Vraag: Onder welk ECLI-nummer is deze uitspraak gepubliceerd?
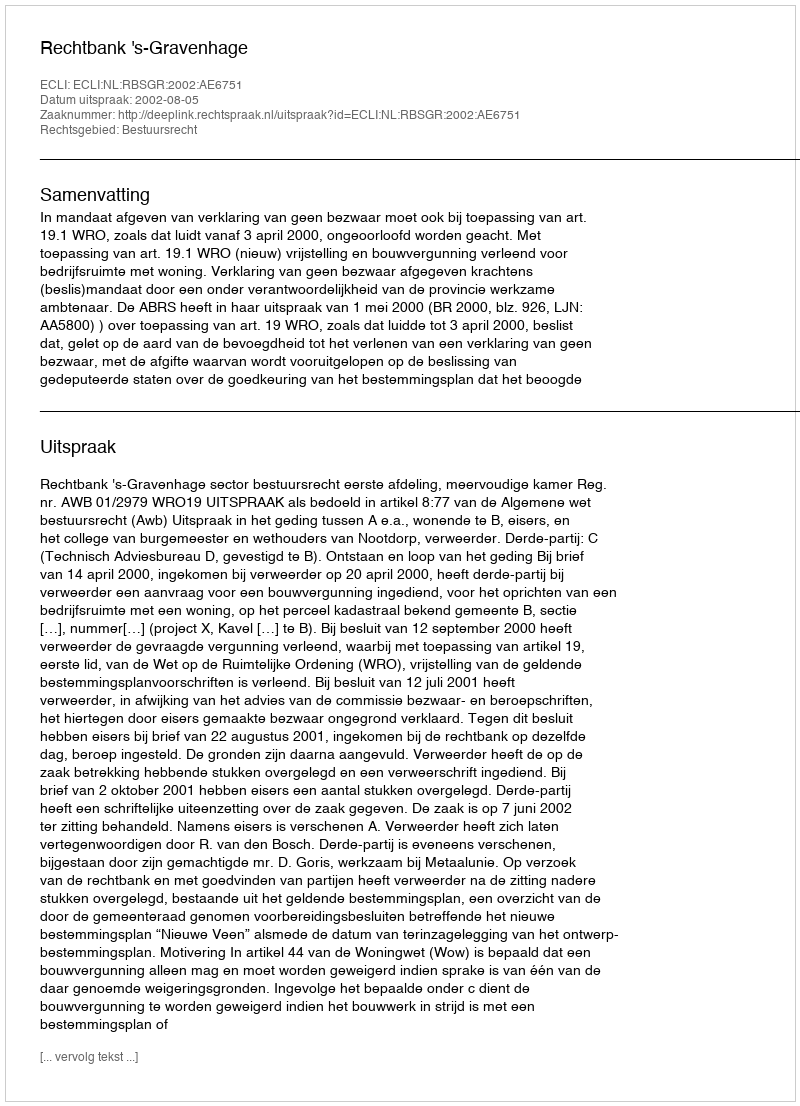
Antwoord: ECLI:NL:RBSGR:2002:AE6751